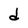
Character: d